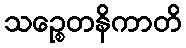
သဉ္စေတနိကာတိ